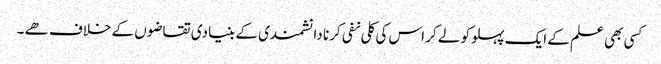
کسی بھی علم کے ایک پہلو کو لے کر اس کی کلی نفی کرنا دانشمندی کے بنیادی تقاضوں کے خلاف ھے ۔